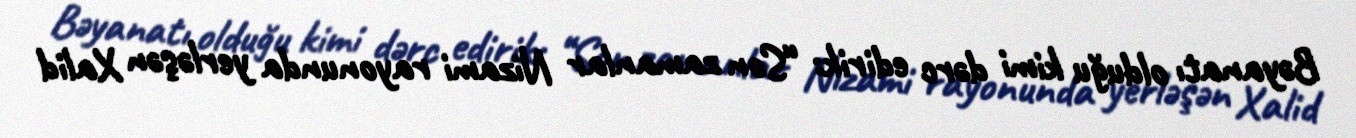
Bəyanatı olduğu kimi dərc edirik: “Son zamanlar Nizami rayonunda yerləşən Xalid